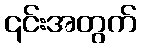
၎င်းအတွက်